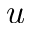
u